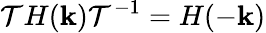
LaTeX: {\cal T}H({\mathbf k}){\cal T}^{-1}=H(-{\mathbf k})